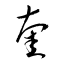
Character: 奎